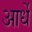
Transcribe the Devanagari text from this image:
आर्धे